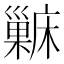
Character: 𱜖